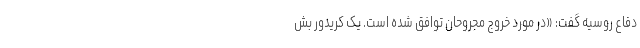
دفاع روسیه گفت: «در مورد خروج مجروحان توافق شده است. یک کریدور بش